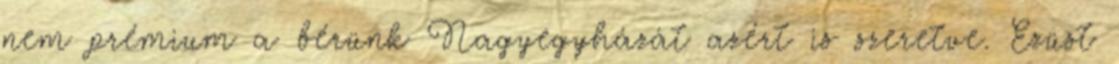
nem prémium a bérünk Nagyegyházát azért is szeretve. Ezüst